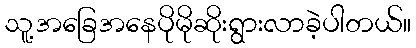
သူ့အခြေအနေပိုမိုဆိုးရွားလာခဲ့ပါတယ်။